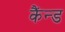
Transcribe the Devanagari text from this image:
कैंन्ड